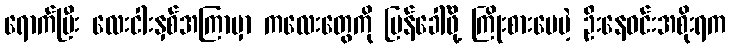
ရောက်ပြီး လေးငါးနှစ်အကြာမှာ ကလေးတွေကို ပြန်ခေါ်ဖို့ ကြိုးစားပေမဲ့ ဦးနေဝင်းအစိုးရက